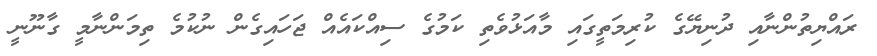
ރައްޔިތުންނާއި ދުނިޔޭގެ ކުރިމަތީގައި މާއަޅުވެތި ކަމުގެ ސިއްކައެއް ޖަހައިގެން ނުކުމެ ތިމަންނާމީ ގާނޫނީ